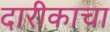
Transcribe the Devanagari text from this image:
दारीकाचा